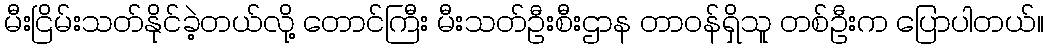
မီးငြိမ်းသတ်နိုင်ခဲ့တယ်လို့ တောင်ကြီး မီးသတ်ဦးစီးဌာန တာဝန်ရှိသူ တစ်ဦးက ပြောပါတယ်။